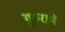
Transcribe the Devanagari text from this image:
गुरुरायें